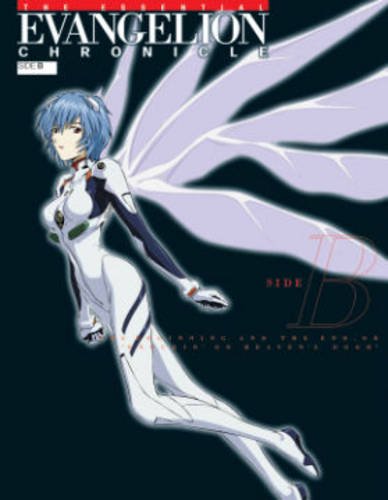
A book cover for The Essential Evangelion Chronicle: Side B; We've Inc; Arts & Photography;